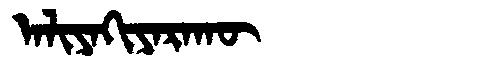
Manchu: ᠠᠯᡳᠶᠠᡴᡳᠶᠠᡵᠠᡴᡡ
Romanization: ALIYAKIYARAKŪ